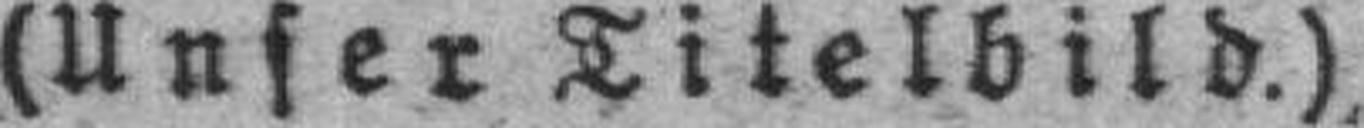
(Unser Titelbild.)